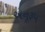
અનૂરૂપ